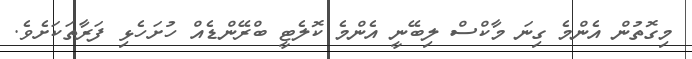
މިގޮތުން އެންމެ ގިނަ މާކްސް ލިބޭނީ އެންމެ ކޮލެޓީ ބްރޭންޑެއް ހުށަހެޅި ފަރާތަކަށެވެ.